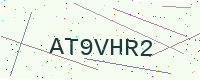
Text: AT9VHR2